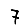
Digit: 7